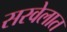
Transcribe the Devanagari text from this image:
सरवेलात